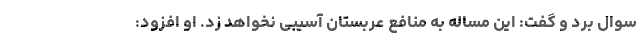
سوال برد و گفت: این مساله به منافع عربستان آسیبی نخواهد زد. او افزود: